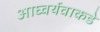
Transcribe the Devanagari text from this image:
आघ्वर्यवाकडे